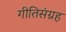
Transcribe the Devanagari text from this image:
गीतिसंग्रह